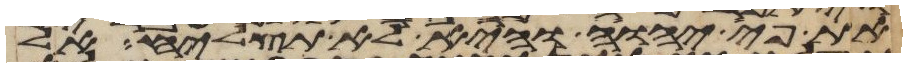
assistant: את פי יהוה והיא לא תצליח אל